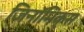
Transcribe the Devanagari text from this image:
जिनॉमिक्स